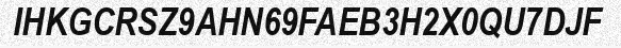
IHKGCRSZ9AHN69FAEB3H2X0QU7DJF